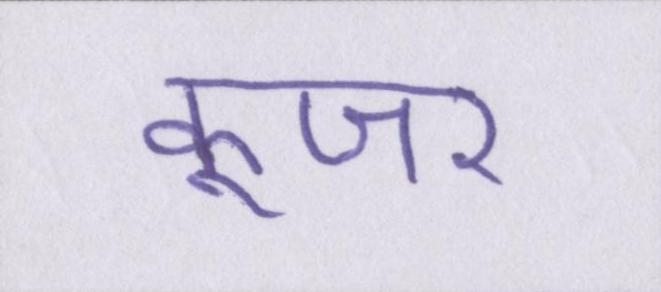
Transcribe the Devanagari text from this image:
कूजर